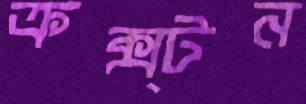
ক্রক্স্টন